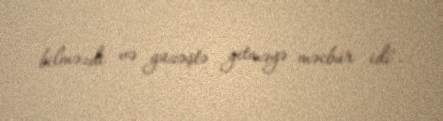
bilməzdi və güzəştə getməyə məcbur idi".